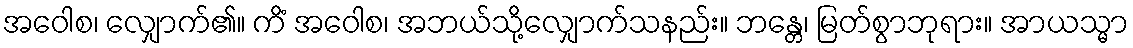
အဝေါစ၊ လျှောက်၏။ ကိံ အဝေါစ၊ အဘယ်သို့လျှောက်သနည်း။ ဘန္တေ၊ မြတ်စွာဘုရား။ အာယသ္မာ